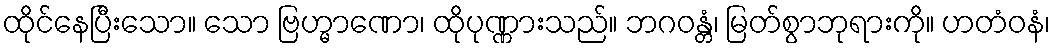
ထိုင်နေပြီးသော။ သော ဗြဟ္မာဏော၊ ထိုပုဏ္ဏားသည်။ ဘဂဝန္တံ၊ မြတ်စွာဘုရားကို။ ဟတံဝနံ၊